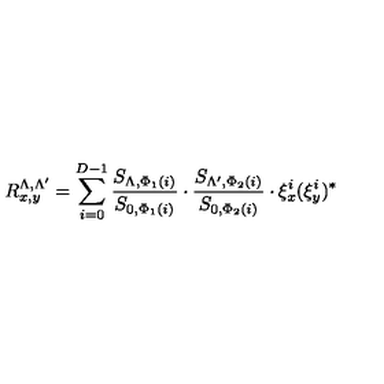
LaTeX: R _ { x , y } ^ { \Lambda , \Lambda ^ { \prime } } = \sum _ { i = 0 } ^ { D - 1 } \frac { S _ { \Lambda , \Phi _ { 1 } ( i ) } } { S _ { 0 , \Phi _ { 1 } ( i ) } } \cdot \frac { S _ { \Lambda ^ { \prime } , \Phi _ { 2 } ( i ) } } { S _ { 0 , \Phi _ { 2 } ( i ) } } \cdot \xi _ { x } ^ { i } ( \xi _ { y } ^ { i } ) ^ { * }